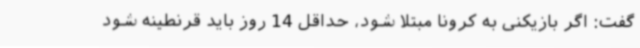
گفت: اگر بازیکنی به کرونا مبتلا شود، حداقل 14 روز باید قرنطینه شود